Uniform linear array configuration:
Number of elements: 4
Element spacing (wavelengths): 1
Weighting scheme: binomial
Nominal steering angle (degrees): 45
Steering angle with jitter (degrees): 43.461
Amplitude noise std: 0.05
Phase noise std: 0.05

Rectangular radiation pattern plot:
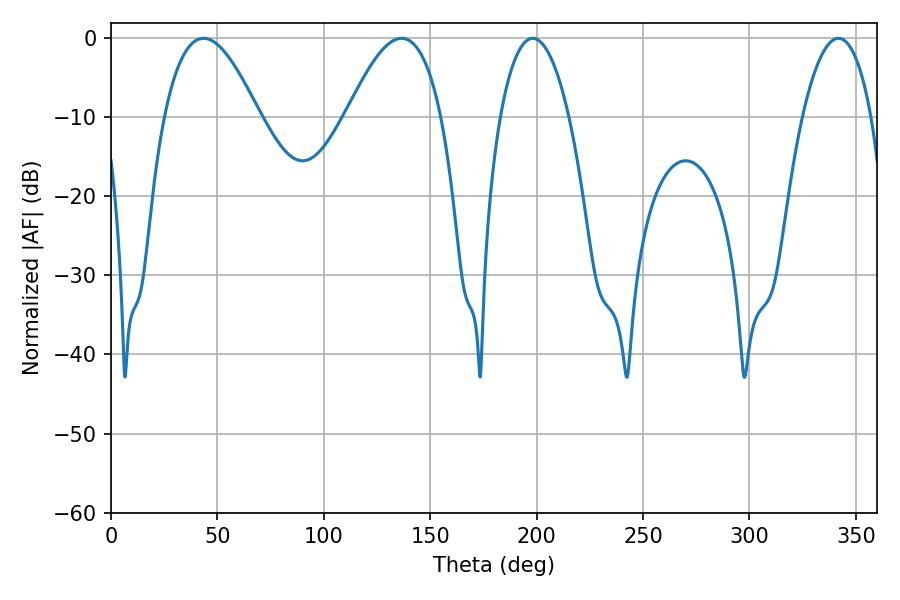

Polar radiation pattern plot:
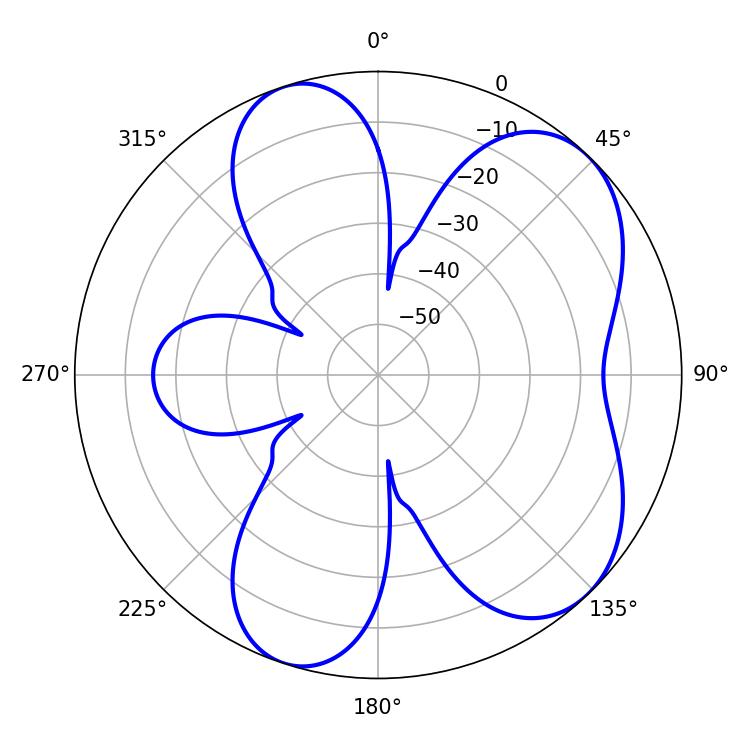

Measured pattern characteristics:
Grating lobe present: TRUE
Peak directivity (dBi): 6.574
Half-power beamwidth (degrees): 18.18
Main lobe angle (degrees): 198.18